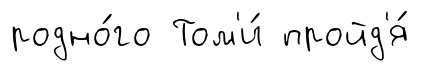
родно́го Том'и́ пройд'я́